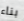
بناء